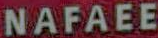
NAFAEE